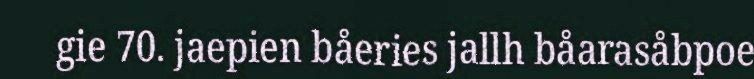
gie 70. jaepien båeries jallh båarasåbpoe